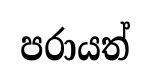
පරායත්